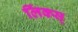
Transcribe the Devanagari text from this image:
लिंक्स्